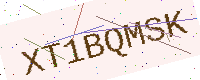
Text: XT1BQMSK